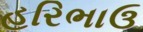
હરિભાઉ